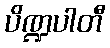
ပိဏ္ဍပါတီ